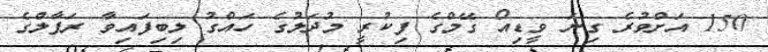
150 އަށްވުރެ ގިނަ ވީޑިއޯ ގޭމްގެ ފިކުރީ މުދަލުގެ ހައްގު ލިބިފައިވާ ރަފާލްގެ